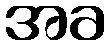
အခ